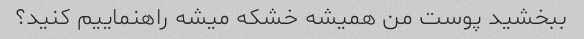
ببخشید پوست من همیشه خشکه میشه راهنماییم کنید؟